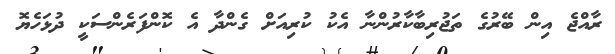
ރާއްޖެ އިން ބޭރުގެ ތަޖުރިބާކާރުންނާ އެކު ކުރިއަށް ގެންދާ އެ ކޮންފަރެންސަކީ ދުޅަހެޔޮ